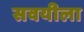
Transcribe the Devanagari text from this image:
सवयीला